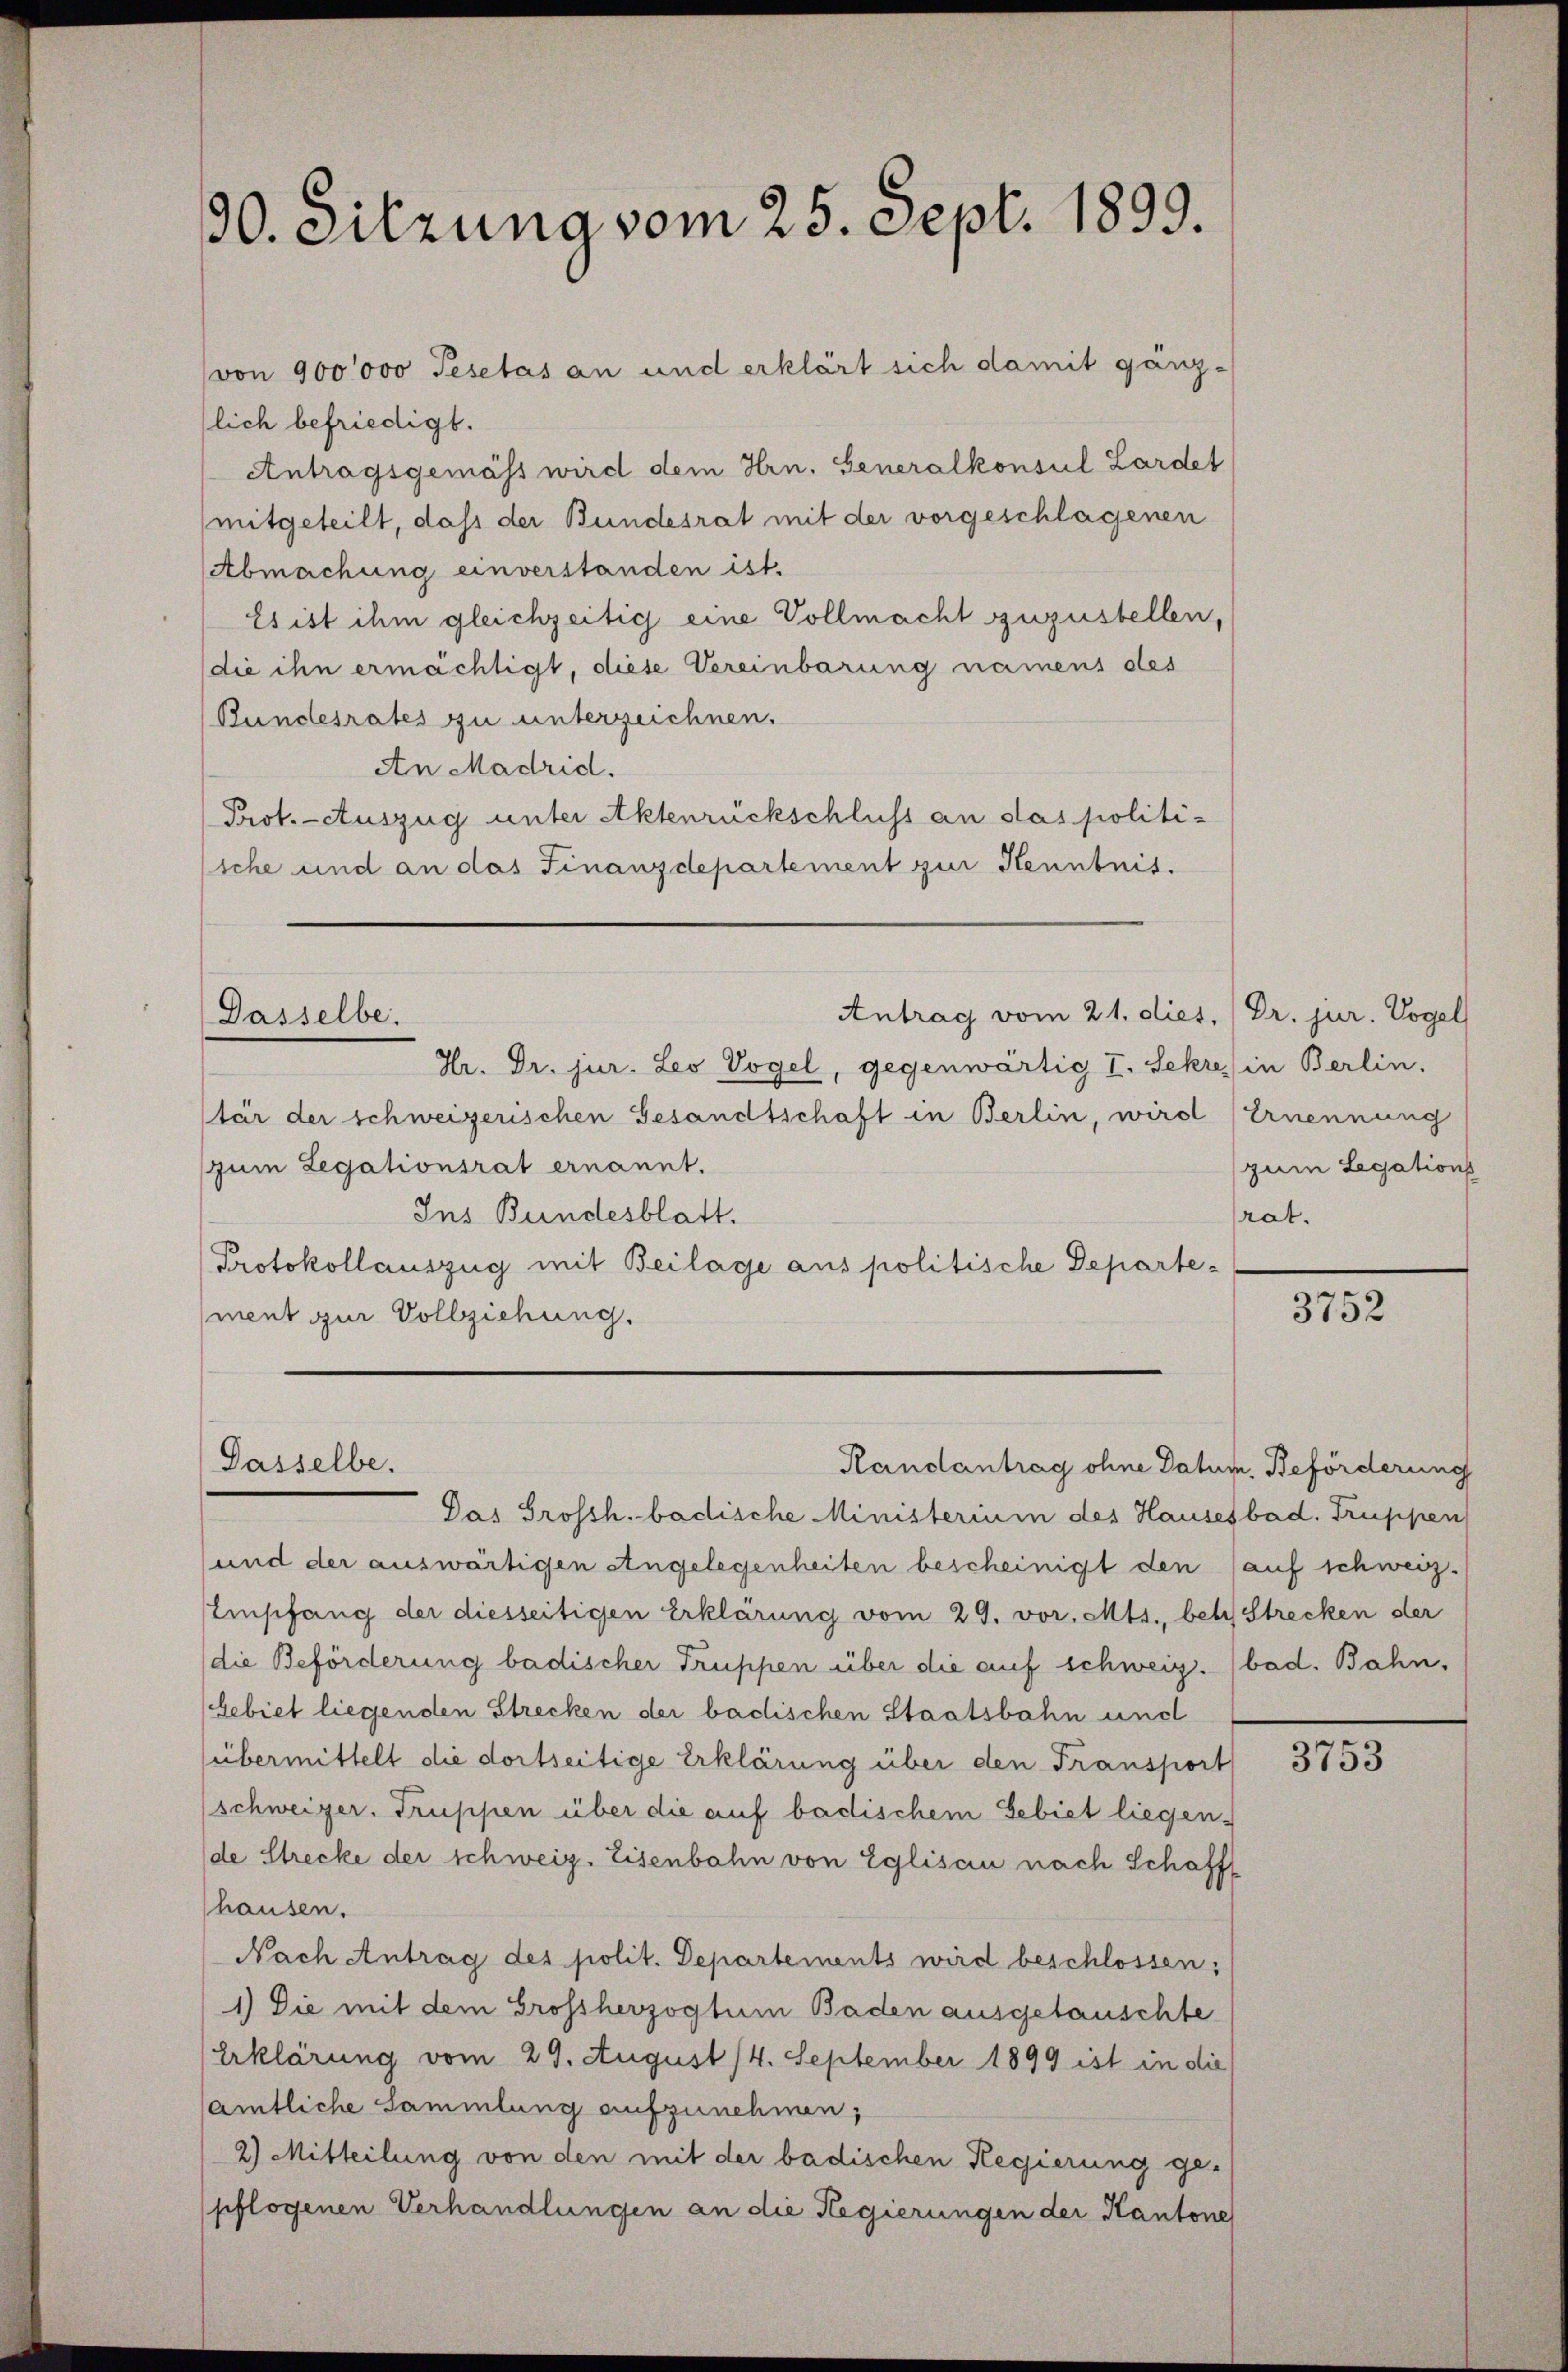
30. Sitzung vom 25. Sept. 1899.

(von 900000 Pesetas an und erklärt sich damit gänzlich befriedigt.
Antragsgemäss wird dem Hrn. Generalkonsul Lardet
mitgeteilt, daß der Bundesrat mit der vorgeschlagenen
Abmachung einverstanden ist.
Es ist ihm gleichzeitig eine Vollmacht zuzustellen,
die ihn ermächtigt, diese Vereinbarung namens des
Bundesrates zu unterzeichnen.
An Madrid.
Prot. - Auszug unter Aktenrückschluss an das politissche und an das Finanzdepartement zur Kenntnis.

Dasselbe.

Dasselbe.

Antrag vom 21. dies, Dr. jur. Vogel
Hr. Dr. jur. Leo Vogel, gegenwärtig I. Sekre) in Berlin,
tär der schweizerischen Gesandtschaft in Berlin, wird Ernennung
zum Legationsrat ernannt.
Ins Bundesblatt.
Protokollauszug mit Beilage aus politische Departement zur Vollziehung.

Randantrag ohne Datum, Beförderung

zum Legations
rat.

Das Grossh. badische Ministerium des Hausesbad. Truppen
und der auswärtigen Angelegenheiten bescheinigt den (auf schweiz.
Empfang der diesseitigen Erklärung vom 29. vor. Mts., behi Strecken der
die Beförderung badischer Truppen über die auf schweiz. bad. Bahn,
Gebiet liegenden Strecken der badischen Staatsbahn und
übermittelt die dortseitige Erklärung über den Transport
schweizer. Truppen über die auf badischem Gebiet liegen-
de Strecke der schweiz. Eisenbahn von Eglisau nach Schafft
hausen.
Nach Antrag des polit. Departements wird beschlossen:
1) Die mit dem Grossherzogtum Baden ausgetauschte
Erklärung vom 29. August 14. September 1899 ist in die
samtliche Sammlung aufzunehmen,
2) Mitteilung von den mit der badischen Regierung gepflogenen Verhandlungen an die Regierungen der Kantone

3752

e
3735